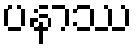
ပနာဿ